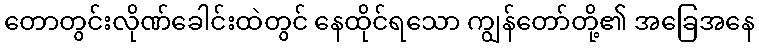
တောတွင်းလိုဏ်ခေါင်းထဲတွင် နေထိုင်ရသော ကျွန်တော်တို့၏ အခြေအနေ